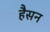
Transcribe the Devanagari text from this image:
हैसन